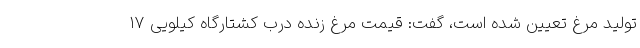
تولید مرغ تعیین شده است، گفت: قیمت مرغ زنده درب کشتارگاه کیلویی ۱۷